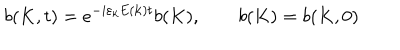
b ( K , t ) = e ^ { - i \varepsilon _ { k } E ( { \bf k } ) t } b ( K ) , \qquad b ( K ) = b ( K , 0 )